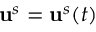
\mathbf { u } ^ { s } = \mathbf { u } ^ { s } ( t )